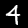
Digit: 4